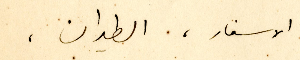
الاسفار، الطيران،